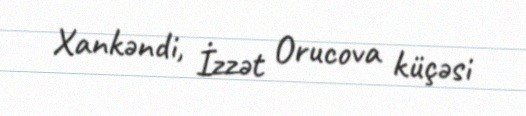
Xankəndi, İzzət Orucova küçəsi